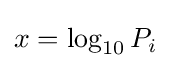
x=\log _{10}P_{i}